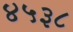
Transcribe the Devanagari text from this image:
४५३८